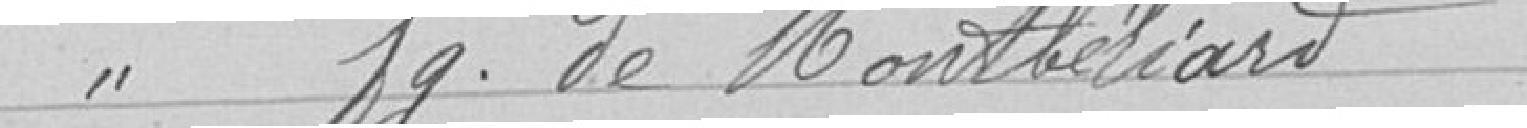
" faubourg de Montbéliard